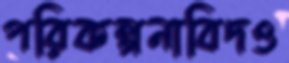
পরিকল্পনাবিদও